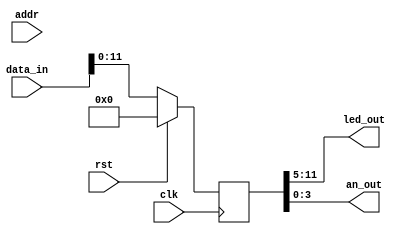
module LEDControl (
    input clk,
    input rst,
    input [31: 0] addr,
    input [31: 0] data_in,
    output [6: 0] led_out,
    output [3: 0] an_out,
);
    reg [11:0] data;
    assign led_out = data[11:5];
    assign an_out = data[3:0];
always @ (posedge clk) begin
    if (rst) begin
        data <= 12'h0;
    end
    else begin
        data <= data_in[11:0];
    end
end
endmodule